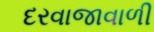
દરવાજાવાળી